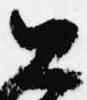
公